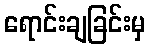
ရောင်းချခြင်းမှ